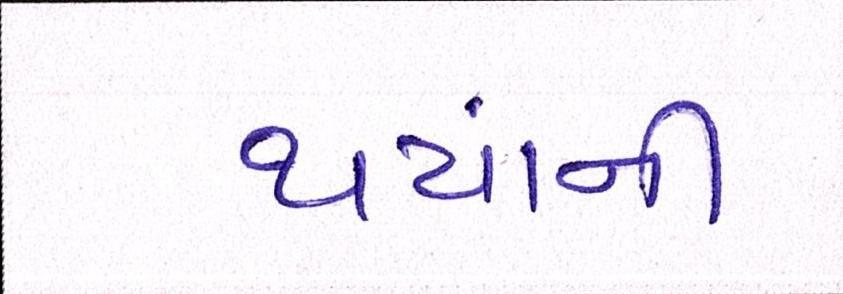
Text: થયાંની